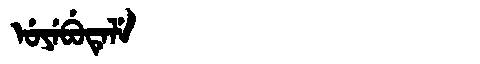
Manchu: ᡠᠶᡝᠪᡠᡨᡝᠯᡝ
Romanization: UYEBUTELE